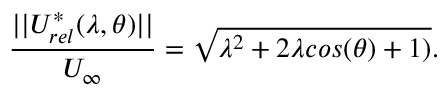
\frac { | | U _ { r e l } ^ { * } ( \lambda , \theta ) | | } { U _ { \infty } } = \sqrt { \lambda ^ { 2 } + 2 \lambda c o s ( \theta ) + 1 ) } .